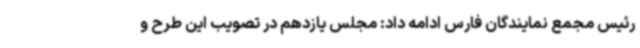
رئیس مجمع نمایندگان فارس ادامه داد: مجلس یازدهم در تصویب این طرح و